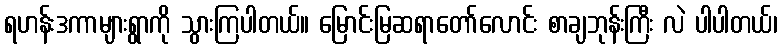
ရဟန်းဒကာများရွာကို သွားကြပါတယ်။ မြောင်းမြဆရာတော်လောင်း စာချဘုန်းကြီး လဲ ပါပါတယ်၊